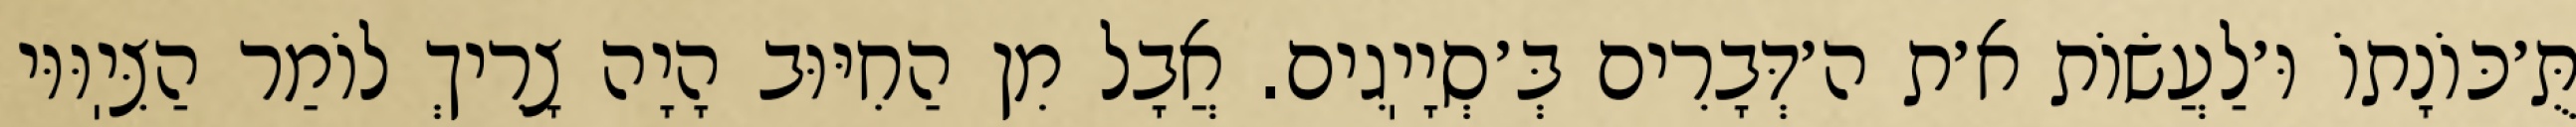
תֻּ׳כּוֹנָתוֹ וּ׳לַעֲשׂוֹת א׳ת ה׳דְּבָרִים בְּ׳סְיָיֽגִים. אֲבָל מִן הַחִיּוּב הָיָה צָרִיךְ לוֹמַר הַצִּיֽוּוּי